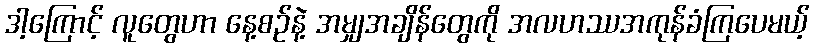
ဒါ့ကြောင့် လူတွေဟာ နေ့စဉ်နဲ့ အမျှအချိန်တွေကို အလဟဿအကုန်ခံကြပေမယ့်